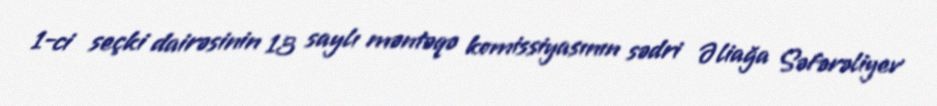
1-ci seçki dairəsinin 13 saylı məntəqə komissiyasının sədri Əliağa Səfərəliyev